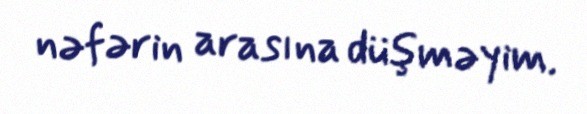
nəfərin arasına düşməyim.